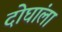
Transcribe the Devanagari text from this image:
दोघांला